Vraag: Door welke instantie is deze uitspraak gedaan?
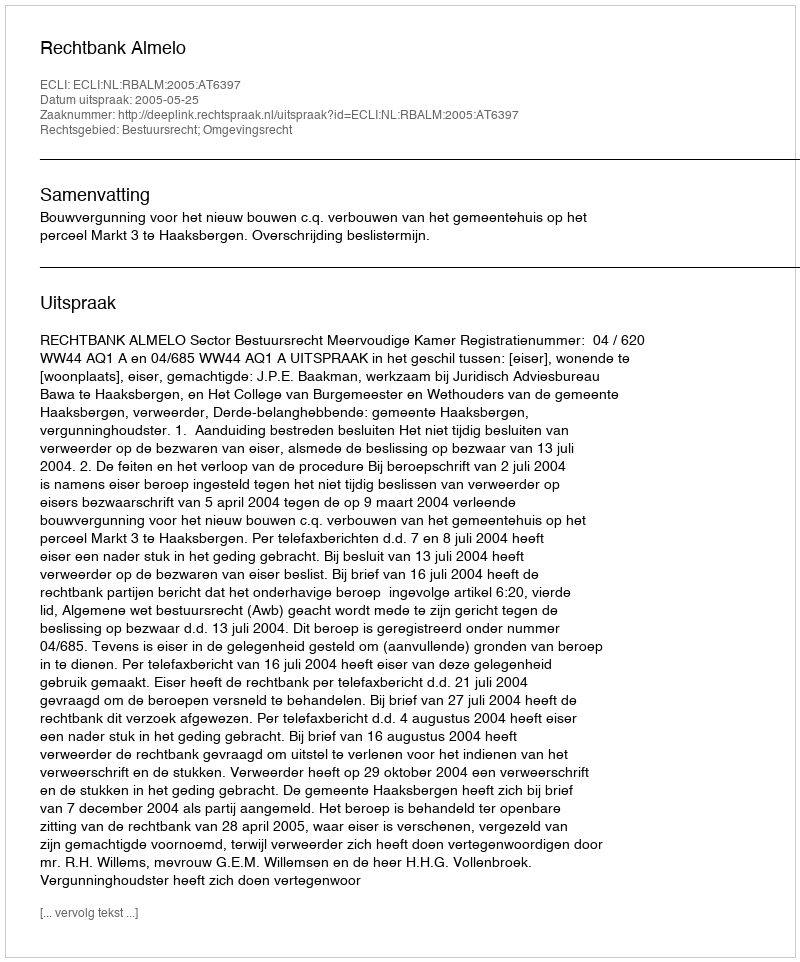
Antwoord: Rechtbank Almelo